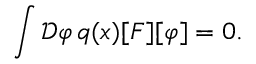
\int { \mathcal { D } } \varphi \, q ( x ) [ F ] [ \varphi ] = 0 .